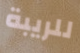
للريبة